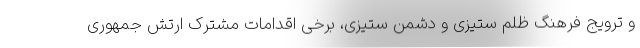
و ترویج فرهنگ ظلم ستیزی و دشمن ستیزی، برخی اقدامات مشترک ارتش جمهوری